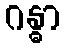
ဂန္ဓာ